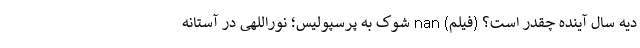
دیه سال آینده چقدر است؟ (فیلم) nan شوک به پرسپولیس؛ نوراللهی در آستانه